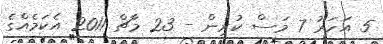
5 އަހަރު 7 މަސް ކުރިން - 23 މާޗް 2011 އެކަމެއްގެ